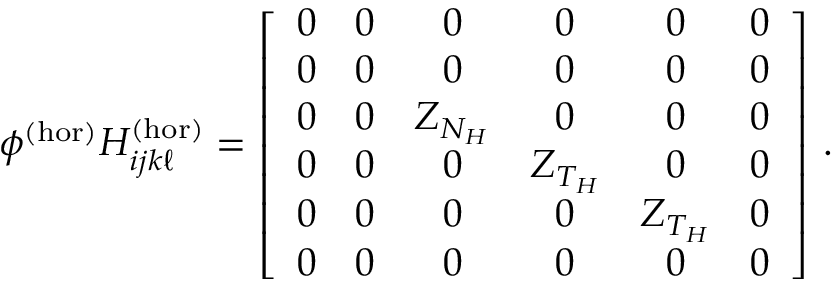
\phi ^ { ( \mathrm { h o r } ) } H _ { i j k \ell } ^ { ( \mathrm { h o r } ) } = \left[ \begin{array} { c c c c c c } { 0 } & { 0 } & { 0 } & { 0 } & { 0 } & { 0 } \\ { 0 } & { 0 } & { 0 } & { 0 } & { 0 } & { 0 } \\ { 0 } & { 0 } & { Z _ { N _ { H } } } & { 0 } & { 0 } & { 0 } \\ { 0 } & { 0 } & { 0 } & { Z _ { T _ { H } } } & { 0 } & { 0 } \\ { 0 } & { 0 } & { 0 } & { 0 } & { Z _ { T _ { H } } } & { 0 } \\ { 0 } & { 0 } & { 0 } & { 0 } & { 0 } & { 0 } \end{array} \right] \, .